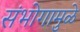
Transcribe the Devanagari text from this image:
संभोगामुळे